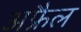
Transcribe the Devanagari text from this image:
अफ्रैल